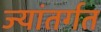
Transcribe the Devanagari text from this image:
ज्यांतर्गत